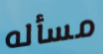
مسأله